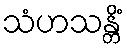
သံဟသန္တိံ